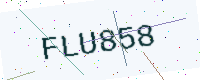
Text: FLU858